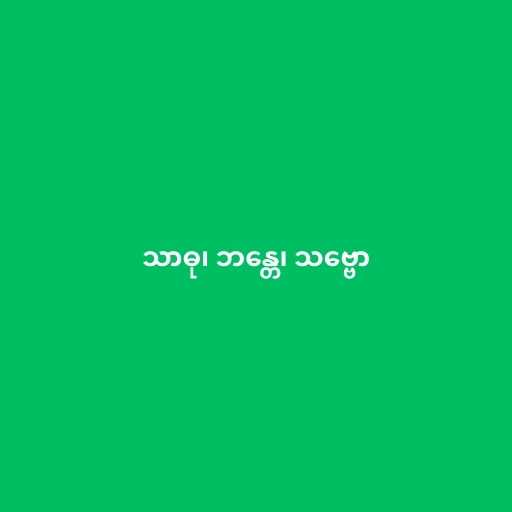
သာဓု၊ ဘန္တေ၊ သဗ္ဗော